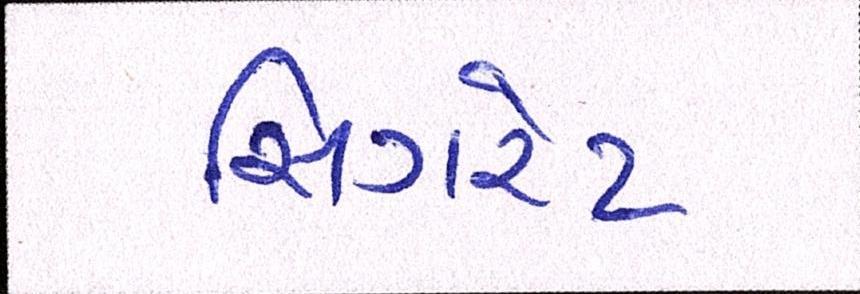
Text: સિગરેટ